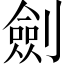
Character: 劍